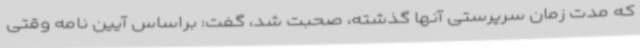
که مدت زمان سرپرستی آنها گذشته، صحبت شد، گفت: براساس آیین نامه وقتی